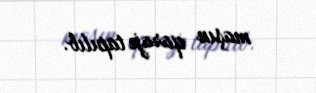
maşın qarajı tapılıb.